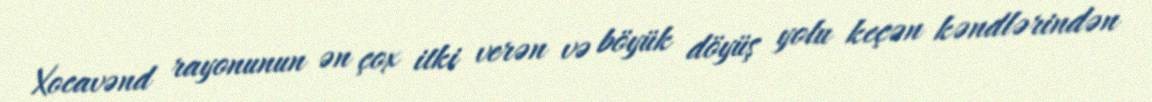
Xocavənd rayonunun ən çox itki verən və böyük döyüş yolu keçən kəndlərindən